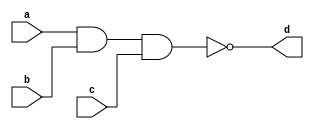
// NAND gate with 3 inputs and 1 output

module nand_3 (
	input a,
	input b,
	input c,
	output d
);

// d = !(a.b.c)

assign d = !(a & b & c);

endmodule